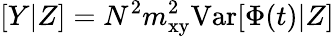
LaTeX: [Y|Z]=N^{2}m_{\mathrm{xy}}^{2}\mathrm{{Var}}[\Phi(t)|Z]